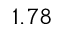
1 . 7 8